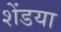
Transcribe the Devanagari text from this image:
शेंडया